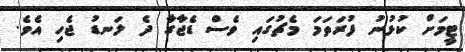
ޓީމަށް ކުޅުނު ފުރަތަމަ މެޗުގައި ވެސް ޑެޖާގާ ދެ ލަނޑު ޖެހި އެވެ.